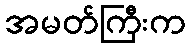
အမတ်ကြီးက